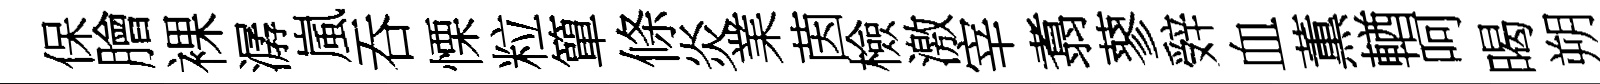
保膾裸潺嵐吞慄粒簞條炎業茵檢激宰翥蓼辤血薫輶呵暍朔